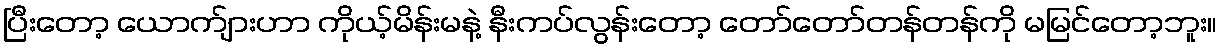
ပြီးတော့ ယောက်ျားဟာ ကိုယ့်မိန်းမနဲ့ နီးကပ်လွန်းတော့ တော်တော်တန်တန်ကို မမြင်တော့ဘူး။